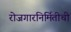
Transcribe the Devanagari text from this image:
रोजगारनिर्मितीची